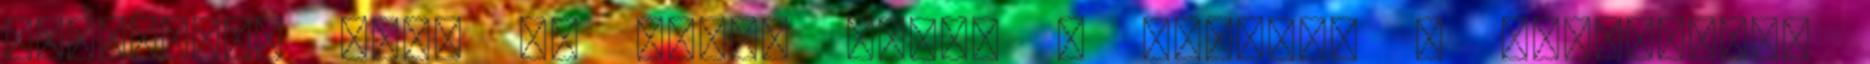
magyarabb évet és szebb jövőt 0 komment , kategória: